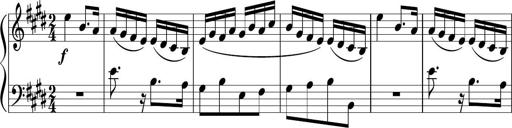
Title: 12 Keyboard Sonatinas
Composer: James Hook